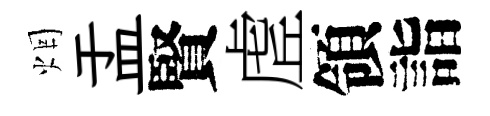
烟盂賢虗領詣